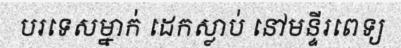
បរទេសម្នាក់ ដេកស្លាប់ នៅមន្ទីរពេទ្យ